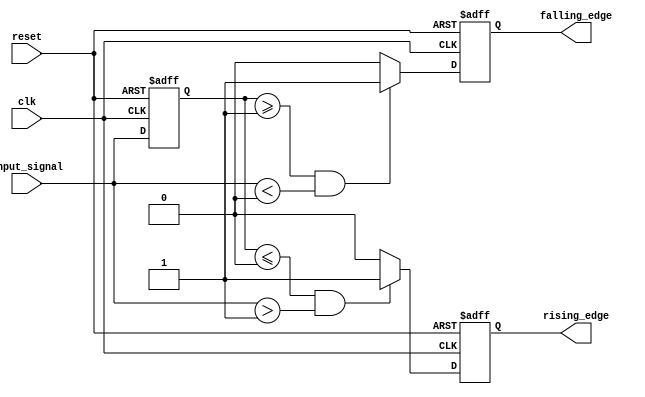
module SchmittTriggerEdgeDetector (
    input wire clk,               // Clock input for synchronous operation
    input wire reset,             // Asynchronous reset
    input wire input_signal,      // Noisy input signal
    output reg rising_edge,       // Output signal for rising edge detection
    output reg falling_edge       // Output signal for falling edge detection
);

    // Schmitt Trigger thresholds
    parameter Vth_plus = 1; // Upper threshold for rising edge detection
    parameter Vth_minus = 0; // Lower threshold for falling edge detection

    reg input_signal_d; // Delayed version of input_signal
    reg state;          // Current state of the Schmitt Trigger

    // Edge detection logic
    always @(posedge clk or posedge reset) begin
        if (reset) begin
            rising_edge <= 0;
            falling_edge <= 0;
            input_signal_d <= 0;
            state <= 0;
        end else begin
            // Store the previous state of the input signal
            input_signal_d <= input_signal;

            // Schmitt Trigger logic
            if (state == 0) begin // Low state
                if (input_signal > Vth_plus) begin
                    state <= 1; // Transition to high state
                end
            end else begin // High state
                if (input_signal < Vth_minus) begin
                    state <= 0; // Transition to low state
                end
            end

            // Rising edge detection
            if (input_signal_d <= Vth_minus && input_signal > Vth_plus) begin
                rising_edge <= 1; // Rising edge detected
            end else begin
                rising_edge <= 0; // No rising edge
            end

            // Falling edge detection
            if (input_signal_d >= Vth_plus && input_signal < Vth_minus) begin
                falling_edge <= 1; // Falling edge detected
            end else begin
                falling_edge <= 0; // No falling edge
            end
        end
    end

endmodule